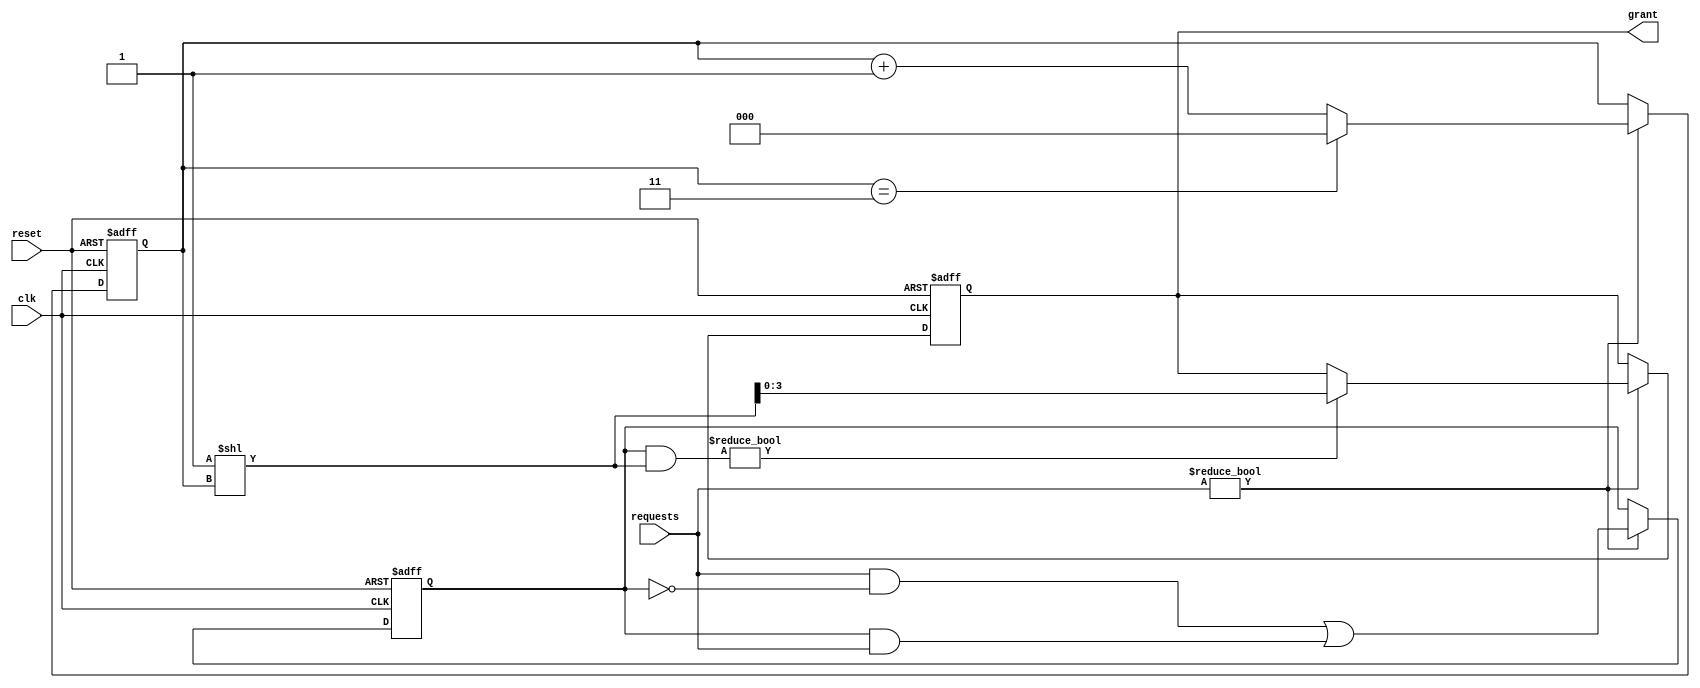
module round_robin_arbiter (
  input wire clk,          // clock signal
  input wire reset,        // asynchronous reset signal
  input wire [3:0] requests,  // input signals representing requests from requesters
  output reg [3:0] grant    // output signal representing the granted requester
);

reg [3:0] priority;        // priority signals for each requester
reg [2:0] next_priority;   // variable to keep track of next priority

always @ (posedge clk or posedge reset) begin
  if (reset) begin
    grant <= 4'b0000;     // reset grant signal
    priority <= 4'b0000;  // reset priority signals
    next_priority <= 3'b000; // initialize next priority
  end else begin
    // round-robin scheduling algorithm
    if (requests != 4'b0000) begin
      // determine next priority
      next_priority <= (next_priority == 3'b011) ? 3'b000 : next_priority + 1;
      
      // prioritize certain requesters if needed
      priority <= (requests & ~priority) | (priority & requests);
      
      // grant access to next priority requester
      grant <= (priority & (1 << next_priority)) ? (1 << next_priority) : grant;
    end
  end
end

endmodule